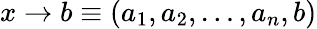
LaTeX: x\rightarrow b\equiv(a_{1},a_{2},\ldots,a_{n},b)